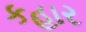
કહાર